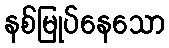
နစ်မြုပ်နေသော